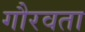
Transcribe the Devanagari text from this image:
गौरवता